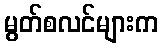
မွတ်စလင်များက